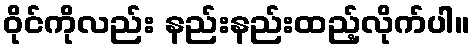
ဝိုင်ကိုလည်း နည်းနည်းထည့်လိုက်ပါ။